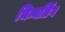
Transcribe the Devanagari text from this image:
भिन्नलिंग